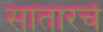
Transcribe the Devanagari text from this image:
सातारचें